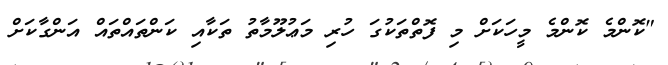
"ކޮންމެ ކޮންމެ މީހަކަށް މި ފޮތްތަކުގަ ހުރި މަޢުލޫމާތު ތަކާއި ކަންތައްތައް އަންގާކަށް